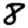
Digit: 8